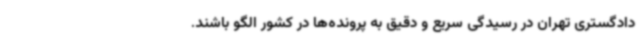
دادگستری تهران در رسیدگی سریع و دقیق به پرونده‌ها در کشور الگو باشند.